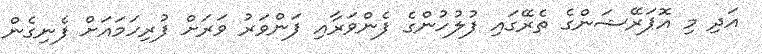
އަދި މި އޮޕަރޭޝަންގެ ތެރޭގައި ފުލުހުންގެ ފެންވަރާއި ފަންވަރު ވަރަށް ފުރިހަމައަށް ފެނިގެން